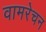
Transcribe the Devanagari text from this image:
वामरेचन